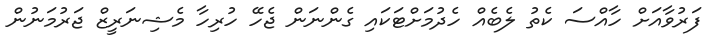
ފަރުވާއަށް ހާއްސަ ކެތު ލެބެއް ހެދުމަށްޓަކައި ގެންނަން ޖެހޭ ހުރިހާ މެޝިނަރީޒް ޖަރުމަނުން